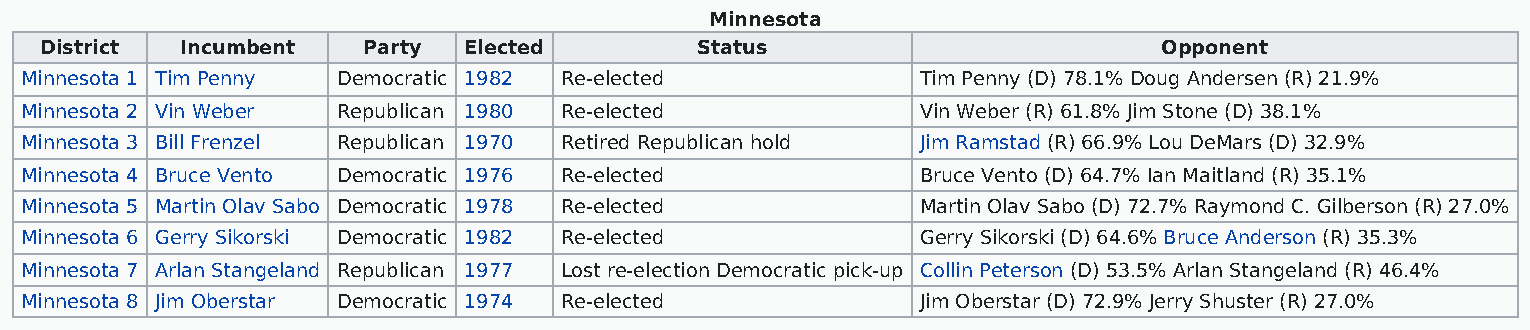
Minnesota
 District Incumbent   Party  Elected        Status                         Opponent
 Minnesota 1 Tim Penny Democratic 1982 Re-elected            Tim Penny (D) 78.1% Doug Andersen (R) 21.9%
 Minnesota 2 Vin Weber Republican 1980 Re-elected            Vin Weber (R) 61.8% Jim Stone (D) 38.1%
 Minnesota 3 Bill Frenzel Republican 1970 Retired Republican hold Jim Ramstad (R) 66.9% Lou DeMars (D) 32.9%
 Minnesota 4 Bruce Vento Democratic 1976 Re-elected          Bruce Vento (D) 64.7% Ian Maitland (R) 35.1%
 Minnesota 5 Martin Olav Sabo Democratic 1978 Re-elected     Martin Olav Sabo (D) 72.7% Raymond C. Gilberson (R) 27.0%
 Minnesota 6 Gerry Sikorski Democratic 1982 Re-elected       Gerry Sikorski (D) 64.6% Bruce Anderson (R) 35.3%
 Minnesota 7 Arlan Stangeland Republican 1977 Lost re-election Democratic pick-up Collin Peterson (D) 53.5% Arlan Stangeland (R) 46.4%
 Minnesota 8 Jim Oberstar Democratic 1974 Re-elected         Jim Oberstar (D) 72.9% Jerry Shuster (R) 27.0%